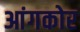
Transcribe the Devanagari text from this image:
आंगकोर